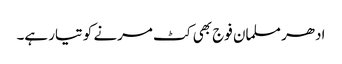
ادھر مسلمان فوج بھی کٹ مرنے کو تیار ہے۔